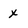
Character: x